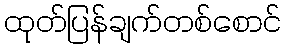
ထုတ်ပြန်ချက်တစ်စောင်